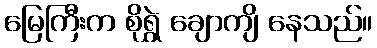
မြေကြီးက စိုရွှဲ ချောကျိ နေသည်။